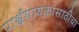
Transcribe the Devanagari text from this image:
पार्श्वगायकासाठीचा